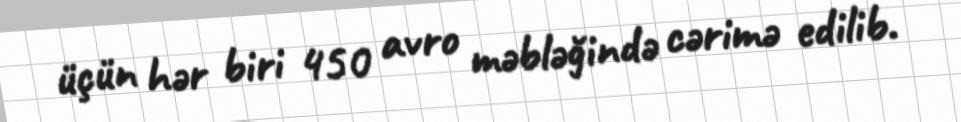
üçün hər biri 450 avro məbləğində cərimə edilib.